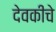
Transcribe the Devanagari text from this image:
देवकीचे